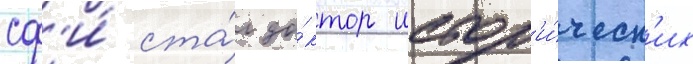
сф'и́ ста́л до́ктор истор'и́ческ'их